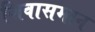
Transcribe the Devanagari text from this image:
शिवासमान